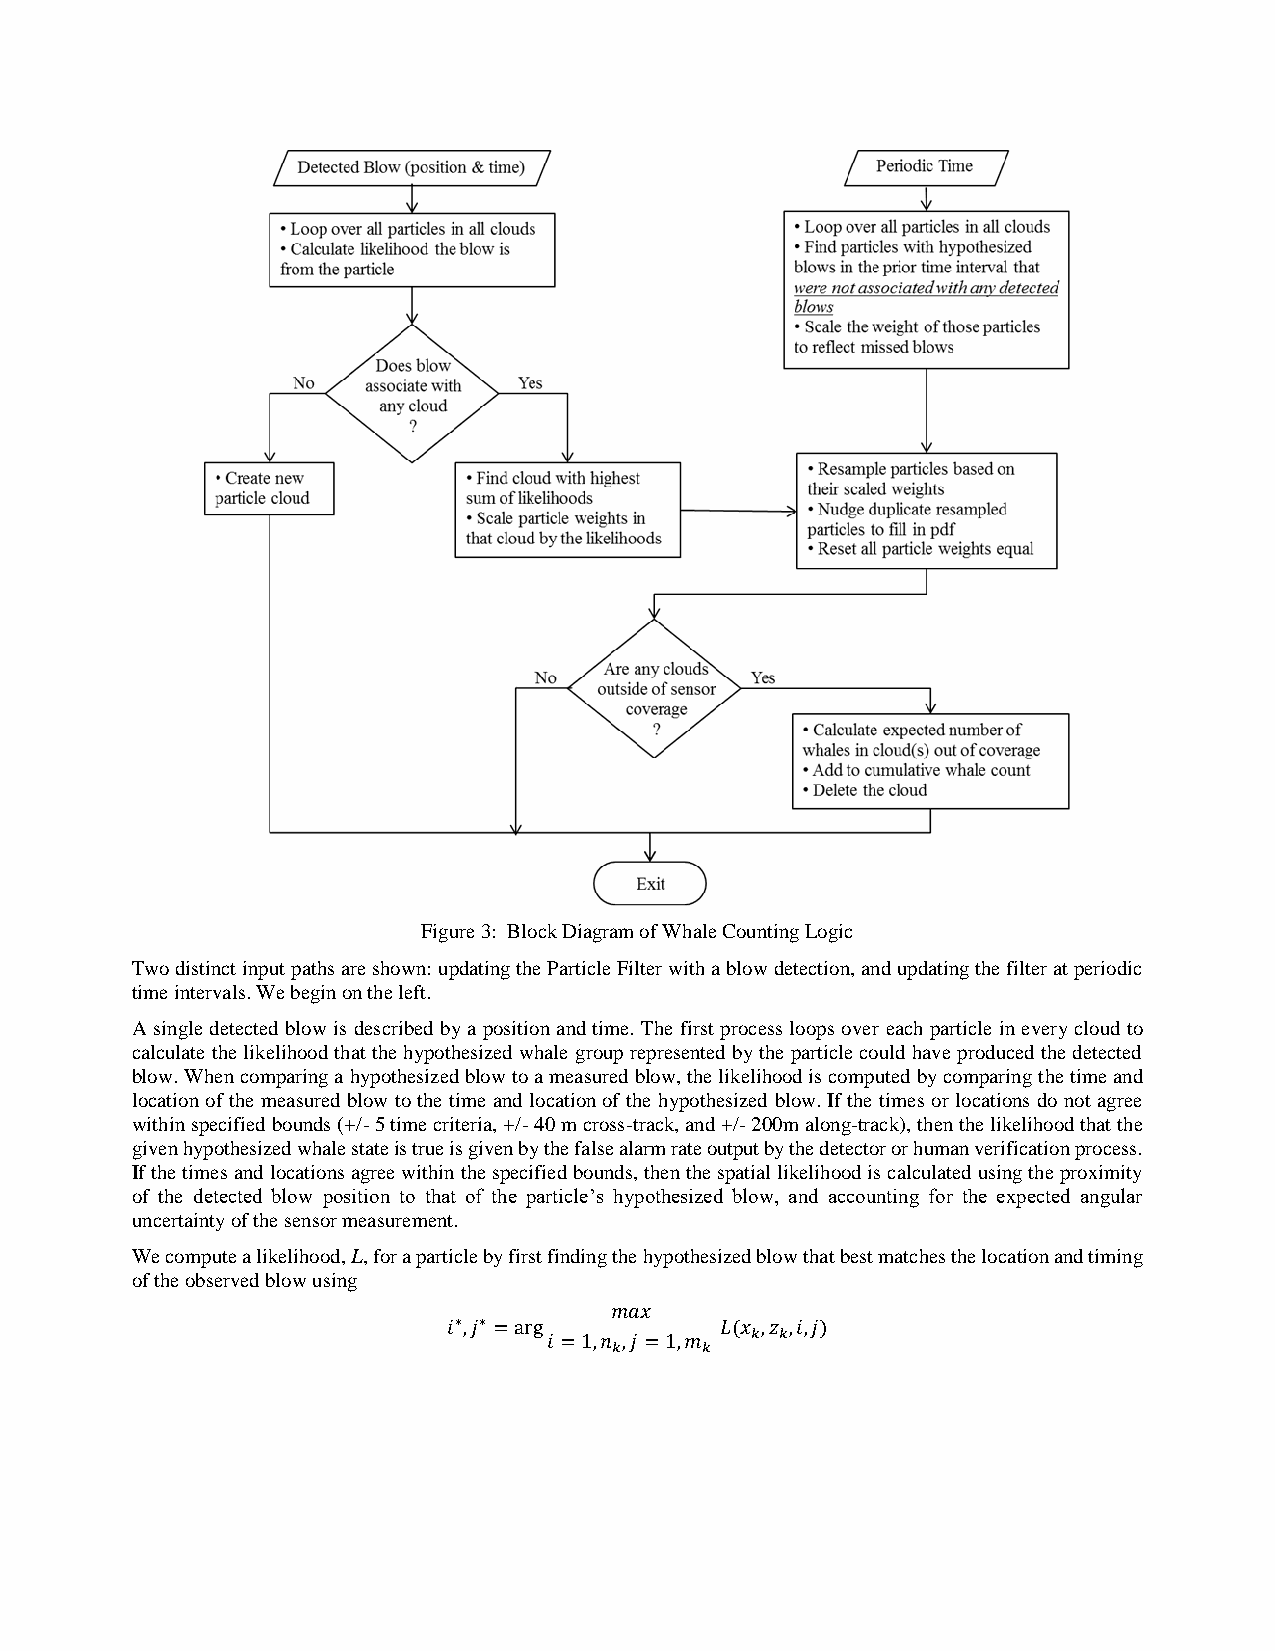
Figure 3: Block Diagram of Whale Counting Logic
 Two distinct input paths are shown: updating the Particle Filter with a blow detection, and updating the filter at periodic
 time intervals. We begin on the left.
 A single detected blow is described by a position and time. The first process loops over each particle in every cloud to
 calculate the likelihood that the hypothesized whale group represented by the particle could have produced the detected
 blow. When comparing a hypothesized blow to a measured blow, the likelihood is computed by comparing the time and
 location of the measured blow to the time and location of the hypothesized blow. If the times or locations do not agree
 within specified bounds (+/- 5 time criteria, +/- 40 m cross-track, and +/- 200m along-track), then the likelihood that the
 given hypothesized whale state is true is given by the false alarm rate output by the detector or human verification process.
 If the times and locations agree within the specified bounds, then the spatial likelihood is calculated using the proximity
 of the detected blow position to that of the particle’s hypothesized blow, and accounting for the expected angular
 uncertainty of the sensor measurement.
 We compute a likelihood, L, for a particle by first finding the hypothesized blow that best matches the location and timing
 of the observed blow using
 𝑚𝑎𝑥
 𝑖∗,𝑗∗ =arg        𝐿(𝑥 ,𝑧 ,𝑖,𝑗)
 𝑖 =1,𝑛 ,𝑗 =1,𝑚 𝑘 𝑘
 𝑘    𝑘